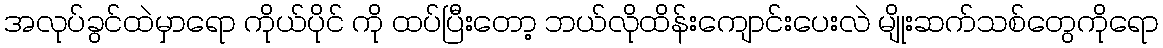
အလုပ်ခွင်ထဲမှာရော ကိုယ်ပိုင် ကို ထပ်ပြီးတော့ ဘယ်လိုထိန်းကျောင်းပေးလဲ မျိုးဆက်သစ်တွေကိုရော